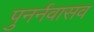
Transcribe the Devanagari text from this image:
पुनर्नवासव